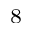
_ 8